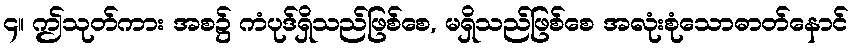
၄။ ဤသုတ်ကား အစ၌ ကံပုဒ်ရှိသည်ဖြစ်စေ, မရှိသည်ဖြစ်စေ အလုံးစုံသောဓာတ်နောင်